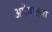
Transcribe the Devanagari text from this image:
अमेयात्मा